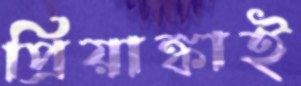
প্রিয়াঙ্কাই